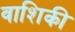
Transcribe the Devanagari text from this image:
वाशिकी